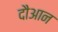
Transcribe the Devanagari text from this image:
दौआन